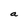
Character: a